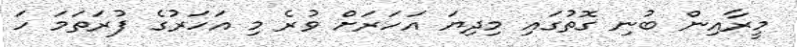
މީރާއިން ބުނި ގޮތުގައި މިދިޔަ އަހަރަށް ވުރެ މި އަހަރުގެ ފުރަތަމަ ހަ